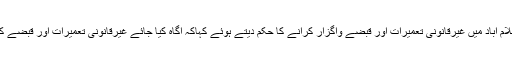
عدالت عظمیٰ نے اسلام آباد میں غیرقانونی تعمیرات اور قبضے واگزار کرانے کا حکم دیتے ہوئے کہاکہ آگاہ کیا جائے غیرقانونی تعمیرات اور قبضے کب تک ختم ہونگے؟